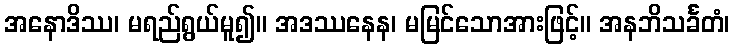
အနောဒိဿ၊ မရည်ရွယ်မူ၍။ အဒဿနေန၊ မမြင်သောအားဖြင့်။ အနဘိသင်္ခတံ၊